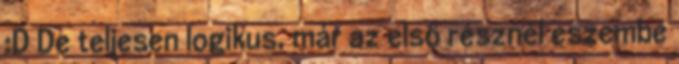
:D De teljesen logikus, már az első résznél eszembe